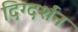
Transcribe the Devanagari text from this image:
दिग्‍दर्शन